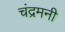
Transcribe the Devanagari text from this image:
चंद्रमनी